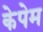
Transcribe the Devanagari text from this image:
केपेम